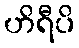
ဟိရီပိ